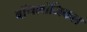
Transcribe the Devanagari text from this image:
बॉयलॉजिकल